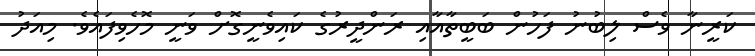
ކަރީނާ ވެސް ލިބުނު ފަހުން ބަބީތާއާއި ރަންދީރުގެ ކައިވެނީގޮށް ވަނީ މޮހެވިފައެވެ. މިއަދު